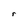
Character: r